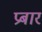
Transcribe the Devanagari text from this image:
प्रबार